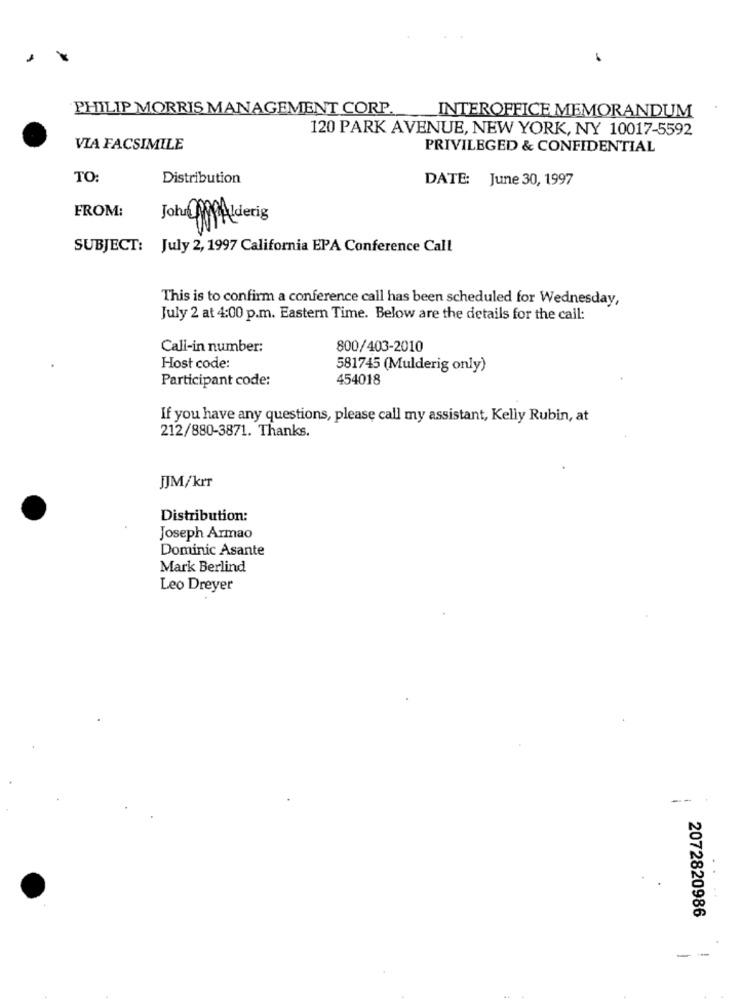
PHILIP MORRIS MANAGEMENT CORP.
INTEROFFICE MEMORANDUM
120 PARK AVENUE, NEW YORK, NY 10017-5592
VIA FACSIMILE
PRIVILEGED & CONFIDENTIAL
TO
Distribution
DATE: June 30, 1997
FROM:
John OfAlderig
SUBJECT: July 2, 1997 California EPA Conference Call
This is to confirm a conference call has been scheduled for Wednesday,
July 2 at 4:00 p.m. Eastern Time. Below are the details for the cail:
Cali-in number:
800/403-2010
Host code:
581745 (Mulderig only)
Participant code:
454018
If you have any questions, please call my assistant, Kelly Rubin, at
212/880-3871. Thanks.
JJM/krr
Distribution:
Joseph Armao
Dominic Asante
Mark Berlind
Leo Dreyer
2072820986
- -